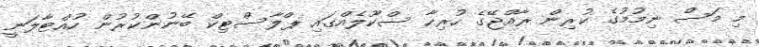
މި މަސް ނިމުމުގެ ކުރިން ރާއްޖޭގެ ހުރިހާ ސްކޫލެއްގައި ޕްލާސްޓިކް ބޭނުންކުރުން ހުއްޓާލަނީ